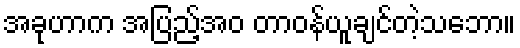
အခုဟာက အပြည့်အဝ တာဝန်ယူချင်တဲ့သဘော။